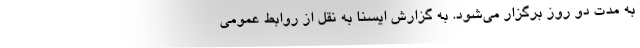
به مدت دو روز برگزار می‌شود. به گزارش ایسنا به نقل از روابط عمومی